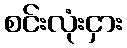
စင်းလုံးငှား